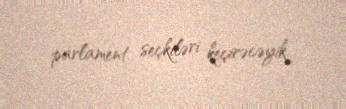
parlament seçkiləri keçirəcəyik.